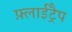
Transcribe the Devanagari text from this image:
फ़्लाईट्रैप